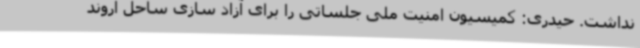
نداشت. حیدری: کمیسیون امنیت ملی جلساتی را برای آزاد سازی ساحل اروند